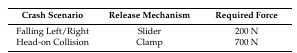
<table><thead><tr><td><b>Crash Scenario</b></td><td><b>Release Mechanism</b></td><td><b>Required Force</b></td></tr></thead><tbody><tr><td>Falling Left/Right</td><td>Slider</td><td>200 N</td></tr><tr><td>Head-on Collision</td><td>Clamp</td><td>700 N</td></tr></tbody></table>